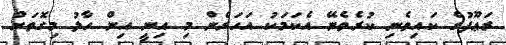
ރަޢޫފުގެ ކައިވެނި ކުރެވެނޭ އެކަމަކު އަހަރެން މި އިނީ އިން ހާލު މިގޮތަށް